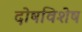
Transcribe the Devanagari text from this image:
दोषविशेष